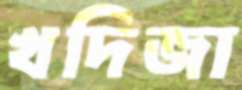
খদিজা